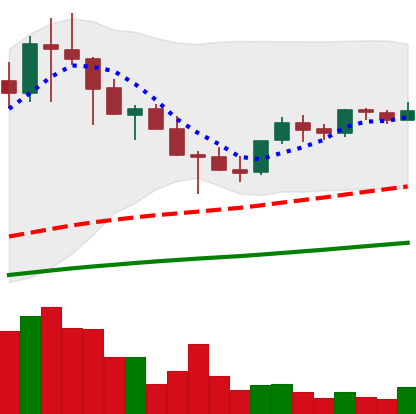
Ticker: TRX-USD
Chart end date: 2021-05-03
Forward return: 8.735%
Label: up_7plus